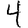
Digit: 4